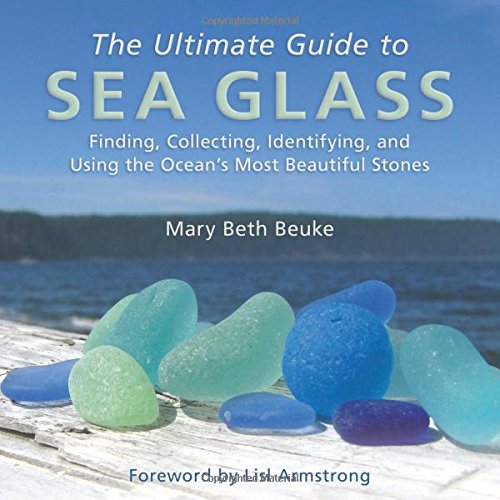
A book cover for The Ultimate Guide to Sea Glass: Finding, Collecting, Identifying, and Using the Ocean's Most Beautiful Stones; Mary Beth Beuke; Crafts, Hobbies & Home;